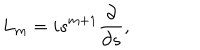
{ L } _ { m } = i s ^ { m + 1 } \frac { \partial } { \partial s } , \;